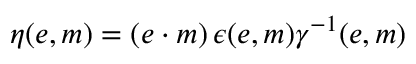
\eta ( e , m ) = ( e \cdot m ) \, \epsilon ( e , m ) \gamma ^ { - 1 } ( e , m )